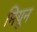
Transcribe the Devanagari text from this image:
मियून